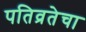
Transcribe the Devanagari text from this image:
पतिव्रतेचा